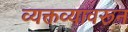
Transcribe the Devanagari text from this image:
व्यक्तव्यावरून